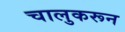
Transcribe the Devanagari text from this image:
चालुकरून